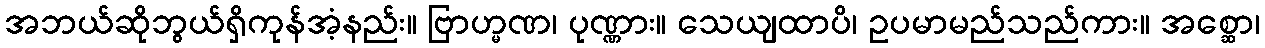
အဘယ်ဆိုဘွယ်ရှိကုန်အံ့နည်း။ ဗြာဟ္မဏ၊ ပုဏ္ဏား။ သေယျထာပိ၊ ဥပမာမည်သည်ကား။ အစ္ဆော၊